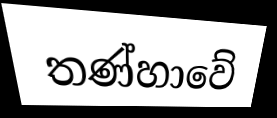
තණ්හාවේ